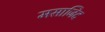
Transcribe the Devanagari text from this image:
मसाजिद